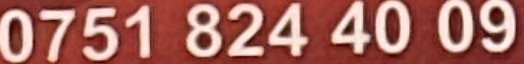
0751 824 40 09